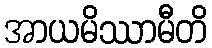
အာယမိဿာမီတိ